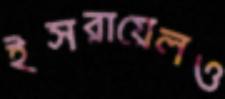
ইসরায়েলও